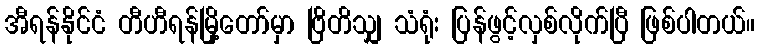
အီရန်နိုင်ငံ တီဟီရန်မြို့တော်မှာ ဗြိတိသျှ သံရုံး ပြန်ဖွင့်လှစ်လိုက်ပြီ ဖြစ်ပါတယ်။